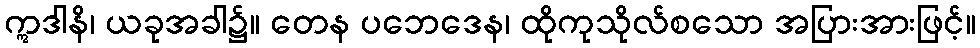
ဣဒါနိ၊ ယခုအခါ၌။ တေန ပဘေဒေန၊ ထိုကုသိုလ်စသော အပြားအားဖြင့်။